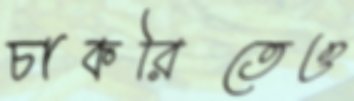
চাকরিতেও